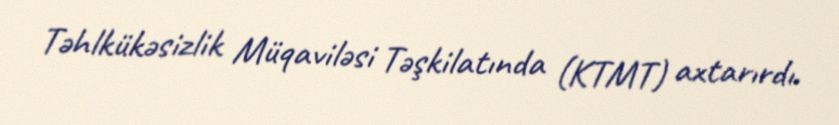
Təhlkükəsizlik Müqaviləsi Təşkilatında (KTMT) axtarırdı.